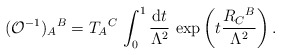
\begin{align*}({\cal O}^{-1})_A{}^B= T_A{}^C\, \int^1_0\frac{{\rm d} t}{\Lambda^2}\, \exp\left(t\frac{R_C{}^B}{\Lambda^2}\right).\end{align*}